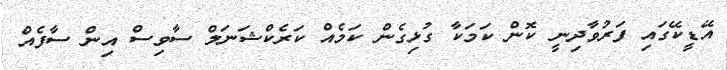
އޭޑީކޭގައި ފަރުވާދިނީ ކޮން ކަމަކާ ގުޅިގެން ކަމެއް ކަރެކްޝަނަލް ސާވިސް އިން ސާފެއް